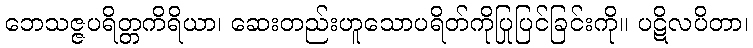
ဘေသဇ္ဇပရိတ္တကိရိယာ၊ ဆေးတည်းဟူသောပရိတ်ကိုပြုပြင်ခြင်းကို။ ပဋိလပိတာ၊